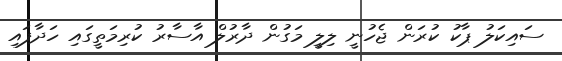
ސައިކަލު ޕާކު ކުރަން ޖެހުނީ ލިލީ މަގުން ދާރުލް އާސާރު ކުރިމަތީގައި ހަދާފައި